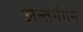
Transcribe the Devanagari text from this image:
अन्तर्गगन